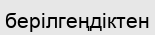
берілгеңдіктен